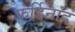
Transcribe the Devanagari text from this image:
फर्डिनांद